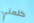
كلمتي